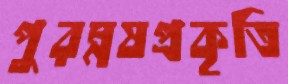
পুরম্নষপ্রকৃতি